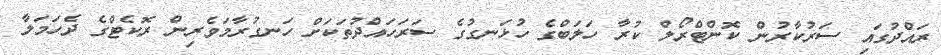
ރައްދުގައި ސަރުކާރުން ކޮންޓްރޯލް ކުރާ ހަލަބްގެ ހުޅަނގުގެ ސަރަހައްދުތަކަށް ހަނގުރާމަވެރިން ރޮކެޓްގެ ދެހަމަލާ